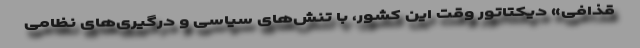
قذافی» دیکتاتور وقت این کشور، با تنش‌های سیاسی و درگیری‌های نظامی